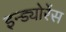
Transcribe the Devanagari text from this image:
इन्ड्योरेंस